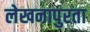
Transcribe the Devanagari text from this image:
लेखनापुरता